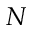
N